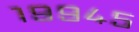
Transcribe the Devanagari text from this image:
१९९४५